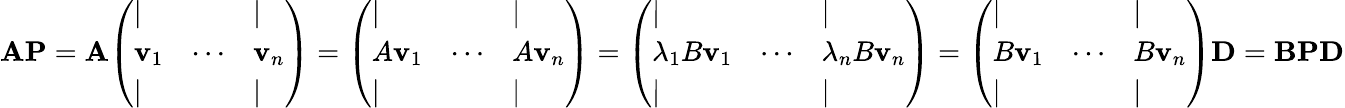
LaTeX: \mathbf{A}\mathbf{P}=\mathbf{A}{\left(\begin{array}{lll}{|}&{}&{|}\\ {\mathbf{v}_{1}}&{\cdots}&{\mathbf{v}_{n}}\\ {|}&{}&{|}\end{array}\right)}={\left(\begin{array}{lll}{|}&{}&{|}\\ {A\mathbf{v}_{1}}&{\cdots}&{A\mathbf{v}_{n}}\\ {|}&{}&{|}\end{array}\right)}={\left(\begin{array}{lll}{|}&{}&{|}\\ {\lambda_{1}B\mathbf{v}_{1}}&{\cdots}&{\lambda_{n}B\mathbf{v}_{n}}\\ {|}&{}&{|}\end{array}\right)}={\left(\begin{array}{lll}{|}&{}&{|}\\ {B\mathbf{v}_{1}}&{\cdots}&{B\mathbf{v}_{n}}\\ {|}&{}&{|}\end{array}\right)}\mathbf{D}=\mathbf{B}\mathbf{P}\mathbf{D}